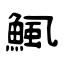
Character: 鯴